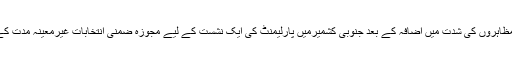
اس دوران مسلح حملوں اور مظاہروں کی شدت میں اضافہ کے بعد جنوبی کشمیرمیں پارلیمنٹ کی ایک نشست کے لیے مجوزہ ضمنی انتخابات غیرمعینہ مدت کے لیے ملتوی کیے گئے ہیں۔